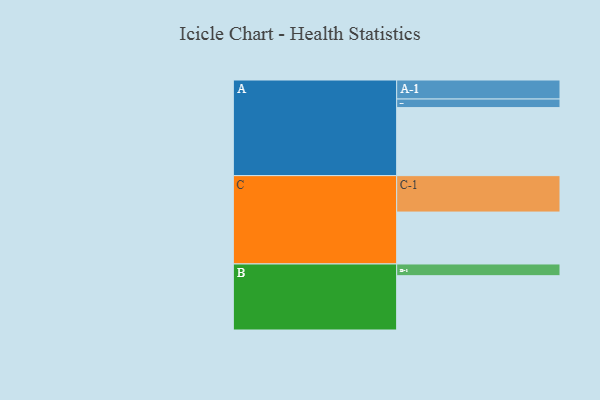
{"axis": {"x": "Segment", "y": "Value"}, "legend": ["", "A", "B", "C"], "data": [{"x": "A", "y": 540, "type": ""}, {"x": "B", "y": 431, "type": ""}, {"x": "C", "y": 412, "type": ""}, {"x": "A-1", "y": 151, "type": "A"}, {"x": "A-2", "y": 68, "type": "A"}, {"x": "B-1", "y": 93, "type": "B"}, {"x": "C-1", "y": 289, "type": "C"}]}